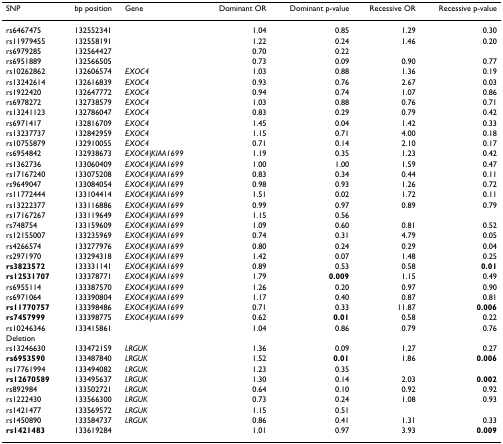
<table><thead><tr><td><b>SNP</b></td><td><b>bp position</b></td><td><b>Gene</b></td><td><b>Dominant OR</b></td><td><b>Dominant p-value</b></td><td><b>Recessive OR</b></td><td><b>Recessive p-value</b></td></tr></thead><tbody><tr><td>rs6467475</td><td>132552341</td><td></td><td>1.04</td><td>0.85</td><td>1.29</td><td>0.30</td></tr><tr><td>rs11979455</td><td>132558191</td><td></td><td>1.22</td><td>0.24</td><td>1.46</td><td>0.20</td></tr><tr><td>rs6979285</td><td>132564427</td><td></td><td>0.70</td><td>0.22</td><td></td><td></td></tr><tr><td>rs6951889</td><td>132566505</td><td></td><td>0.73</td><td>0.09</td><td>0.90</td><td>0.77</td></tr><tr><td>rs10262862</td><td>132606574</td><td><i>EXOC4</i></td><td>1.03</td><td>0.88</td><td>1.36</td><td>0.19</td></tr><tr><td>rs13242614</td><td>132616839</td><td><i>EXOC4</i></td><td>0.93</td><td>0.76</td><td>2.67</td><td>0.03</td></tr><tr><td>rs1922420</td><td>132647772</td><td><i>EXOC4</i></td><td>0.94</td><td>0.74</td><td>1.07</td><td>0.86</td></tr><tr><td>rs6978272</td><td>132738579</td><td><i>EXOC4</i></td><td>1.03</td><td>0.88</td><td>0.76</td><td>0.71</td></tr><tr><td>rs13241123</td><td>132786047</td><td><i>EXOC4</i></td><td>0.83</td><td>0.29</td><td>0.79</td><td>0.42</td></tr><tr><td>rs6971417</td><td>132816709</td><td><i>EXOC4</i></td><td>1.45</td><td>0.04</td><td>1.42</td><td>0.33</td></tr><tr><td>rs13237737</td><td>132842959</td><td><i>EXOC4</i></td><td>1.15</td><td>0.71</td><td>4.00</td><td>0.18</td></tr><tr><td>rs10755879</td><td>132910055</td><td><i>EXOC4</i></td><td>0.71</td><td>0.14</td><td>2.10</td><td>0.17</td></tr><tr><td>rs6954842</td><td>132938673</td><td><i>EXOC4|KIAA1699</i></td><td>1.19</td><td>0.35</td><td>1.23</td><td>0.42</td></tr><tr><td>rs1362736</td><td>133060409</td><td><i>EXOC4|KIAA1699</i></td><td>1.00</td><td>1.00</td><td>1.59</td><td>0.47</td></tr><tr><td>rs17167240</td><td>133075208</td><td><i>EXOC4|KIAA1699</i></td><td>0.83</td><td>0.34</td><td>0.44</td><td>0.11</td></tr><tr><td>rs9649047</td><td>133084054</td><td><i>EXOC4|KIAA1699</i></td><td>0.98</td><td>0.93</td><td>1.26</td><td>0.72</td></tr><tr><td>rs11772444</td><td>133104414</td><td><i>EXOC4|KIAA1699</i></td><td>1.51</td><td>0.02</td><td>1.72</td><td>0.11</td></tr><tr><td>rs13222377</td><td>133116886</td><td><i>EXOC4|KIAA1699</i></td><td>0.99</td><td>0.97</td><td>0.89</td><td>0.79</td></tr><tr><td>rs17167267</td><td>133119649</td><td><i>EXOC4|KIAA1699</i></td><td>1.15</td><td>0.56</td><td></td><td></td></tr><tr><td>rs748754</td><td>133159609</td><td><i>EXOC4|KIAA1699</i></td><td>1.09</td><td>0.60</td><td>0.81</td><td>0.52</td></tr><tr><td>rs12155007</td><td>133235969</td><td><i>EXOC4|KIAA1699</i></td><td>0.74</td><td>0.31</td><td>4.79</td><td>0.05</td></tr><tr><td>rs4266574</td><td>133277976</td><td><i>EXOC4|KIAA1699</i></td><td>0.80</td><td>0.24</td><td>0.29</td><td>0.04</td></tr><tr><td>rs2971970</td><td>133294318</td><td><i>EXOC4|KIAA1699</i></td><td>1.42</td><td>0.07</td><td>1.48</td><td>0.25</td></tr><tr><td><b>rs3823572</b></td><td>133331141</td><td><i>EXOC4|KIAA1699</i></td><td>0.89</td><td>0.53</td><td>0.58</td><td><b>0.01</b></td></tr><tr><td><b>rs12531707</b></td><td>133378771</td><td><i>EXOC4|KIAA1699</i></td><td>1.79</td><td><b>0.009</b></td><td>1.15</td><td>0.49</td></tr><tr><td>rs6955114</td><td>133387570</td><td><i>EXOC4|KIAA1699</i></td><td>1.26</td><td>0.20</td><td>0.97</td><td>0.90</td></tr><tr><td>rs6971064</td><td>133390804</td><td><i>EXOC4|KIAA1699</i></td><td>1.17</td><td>0.40</td><td>0.87</td><td>0.81</td></tr><tr><td><b>rs11770757</b></td><td>133398486</td><td><i>EXOC4|KIAA1699</i></td><td>0.71</td><td>0.33</td><td>11.87</td><td><b>0.006</b></td></tr><tr><td><b>rs7457999</b></td><td>133398775</td><td><i>EXOC4|KIAA1699</i></td><td>0.62</td><td><b>0.01</b></td><td>0.58</td><td>0.22</td></tr><tr><td>rs10246346</td><td>133415861</td><td></td><td>1.04</td><td>0.86</td><td>0.79</td><td>0.76</td></tr><tr><td>Deletion</td><td></td><td></td><td></td><td></td><td></td><td></td></tr><tr><td>rs13246630</td><td>133472159</td><td><i>LRGUK</i></td><td>1.36</td><td>0.09</td><td>1.27</td><td>0.27</td></tr><tr><td><b>rs6953590</b></td><td>133487840</td><td><i>LRGUK</i></td><td>1.52</td><td><b>0.01</b></td><td>1.86</td><td><b>0.006</b></td></tr><tr><td>rs17761994</td><td>133494082</td><td><i>LRGUK</i></td><td>1.23</td><td>0.35</td><td></td><td></td></tr><tr><td><b>rs12670589</b></td><td>133495637</td><td><i>LRGUK</i></td><td>1.30</td><td>0.14</td><td>2.03</td><td><b>0.002</b></td></tr><tr><td>rs892984</td><td>133502721</td><td><i>LRGUK</i></td><td>0.64</td><td>0.10</td><td>0.92</td><td>0.92</td></tr><tr><td>rs1222430</td><td>133566300</td><td><i>LRGUK</i></td><td>0.73</td><td>0.24</td><td>1.08</td><td>0.93</td></tr><tr><td>rs1421477</td><td>133569572</td><td><i>LRGUK</i></td><td>1.15</td><td>0.51</td><td></td><td></td></tr><tr><td>rs1450890</td><td>133584737</td><td><i>LRGUK</i></td><td>0.86</td><td>0.41</td><td>1.31</td><td>0.33</td></tr><tr><td><b>rs1421483</b></td><td>133619284</td><td></td><td>1.01</td><td>0.97</td><td>3.93</td><td><b>0.009</b></td></tr></tbody></table>